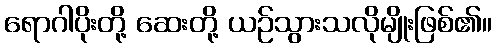
ရောဂါပိုးတို့ ဆေးတို့ ယဉ်သွားသလိုမျိုးဖြစ်၏။